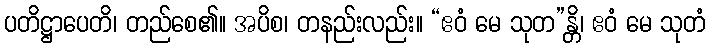
ပတိဋ္ဌာပေတိ၊ တည်စေ၏။ အပိစ၊ တနည်းလည်း။ “ဧဝံ မေ သုတ”န္တိ၊ ဧဝံ မေ သုတံ